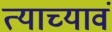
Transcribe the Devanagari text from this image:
त्याच्यावं